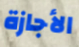
الأجازة